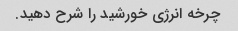
چرخه انرژی خورشید را شرح دهید.